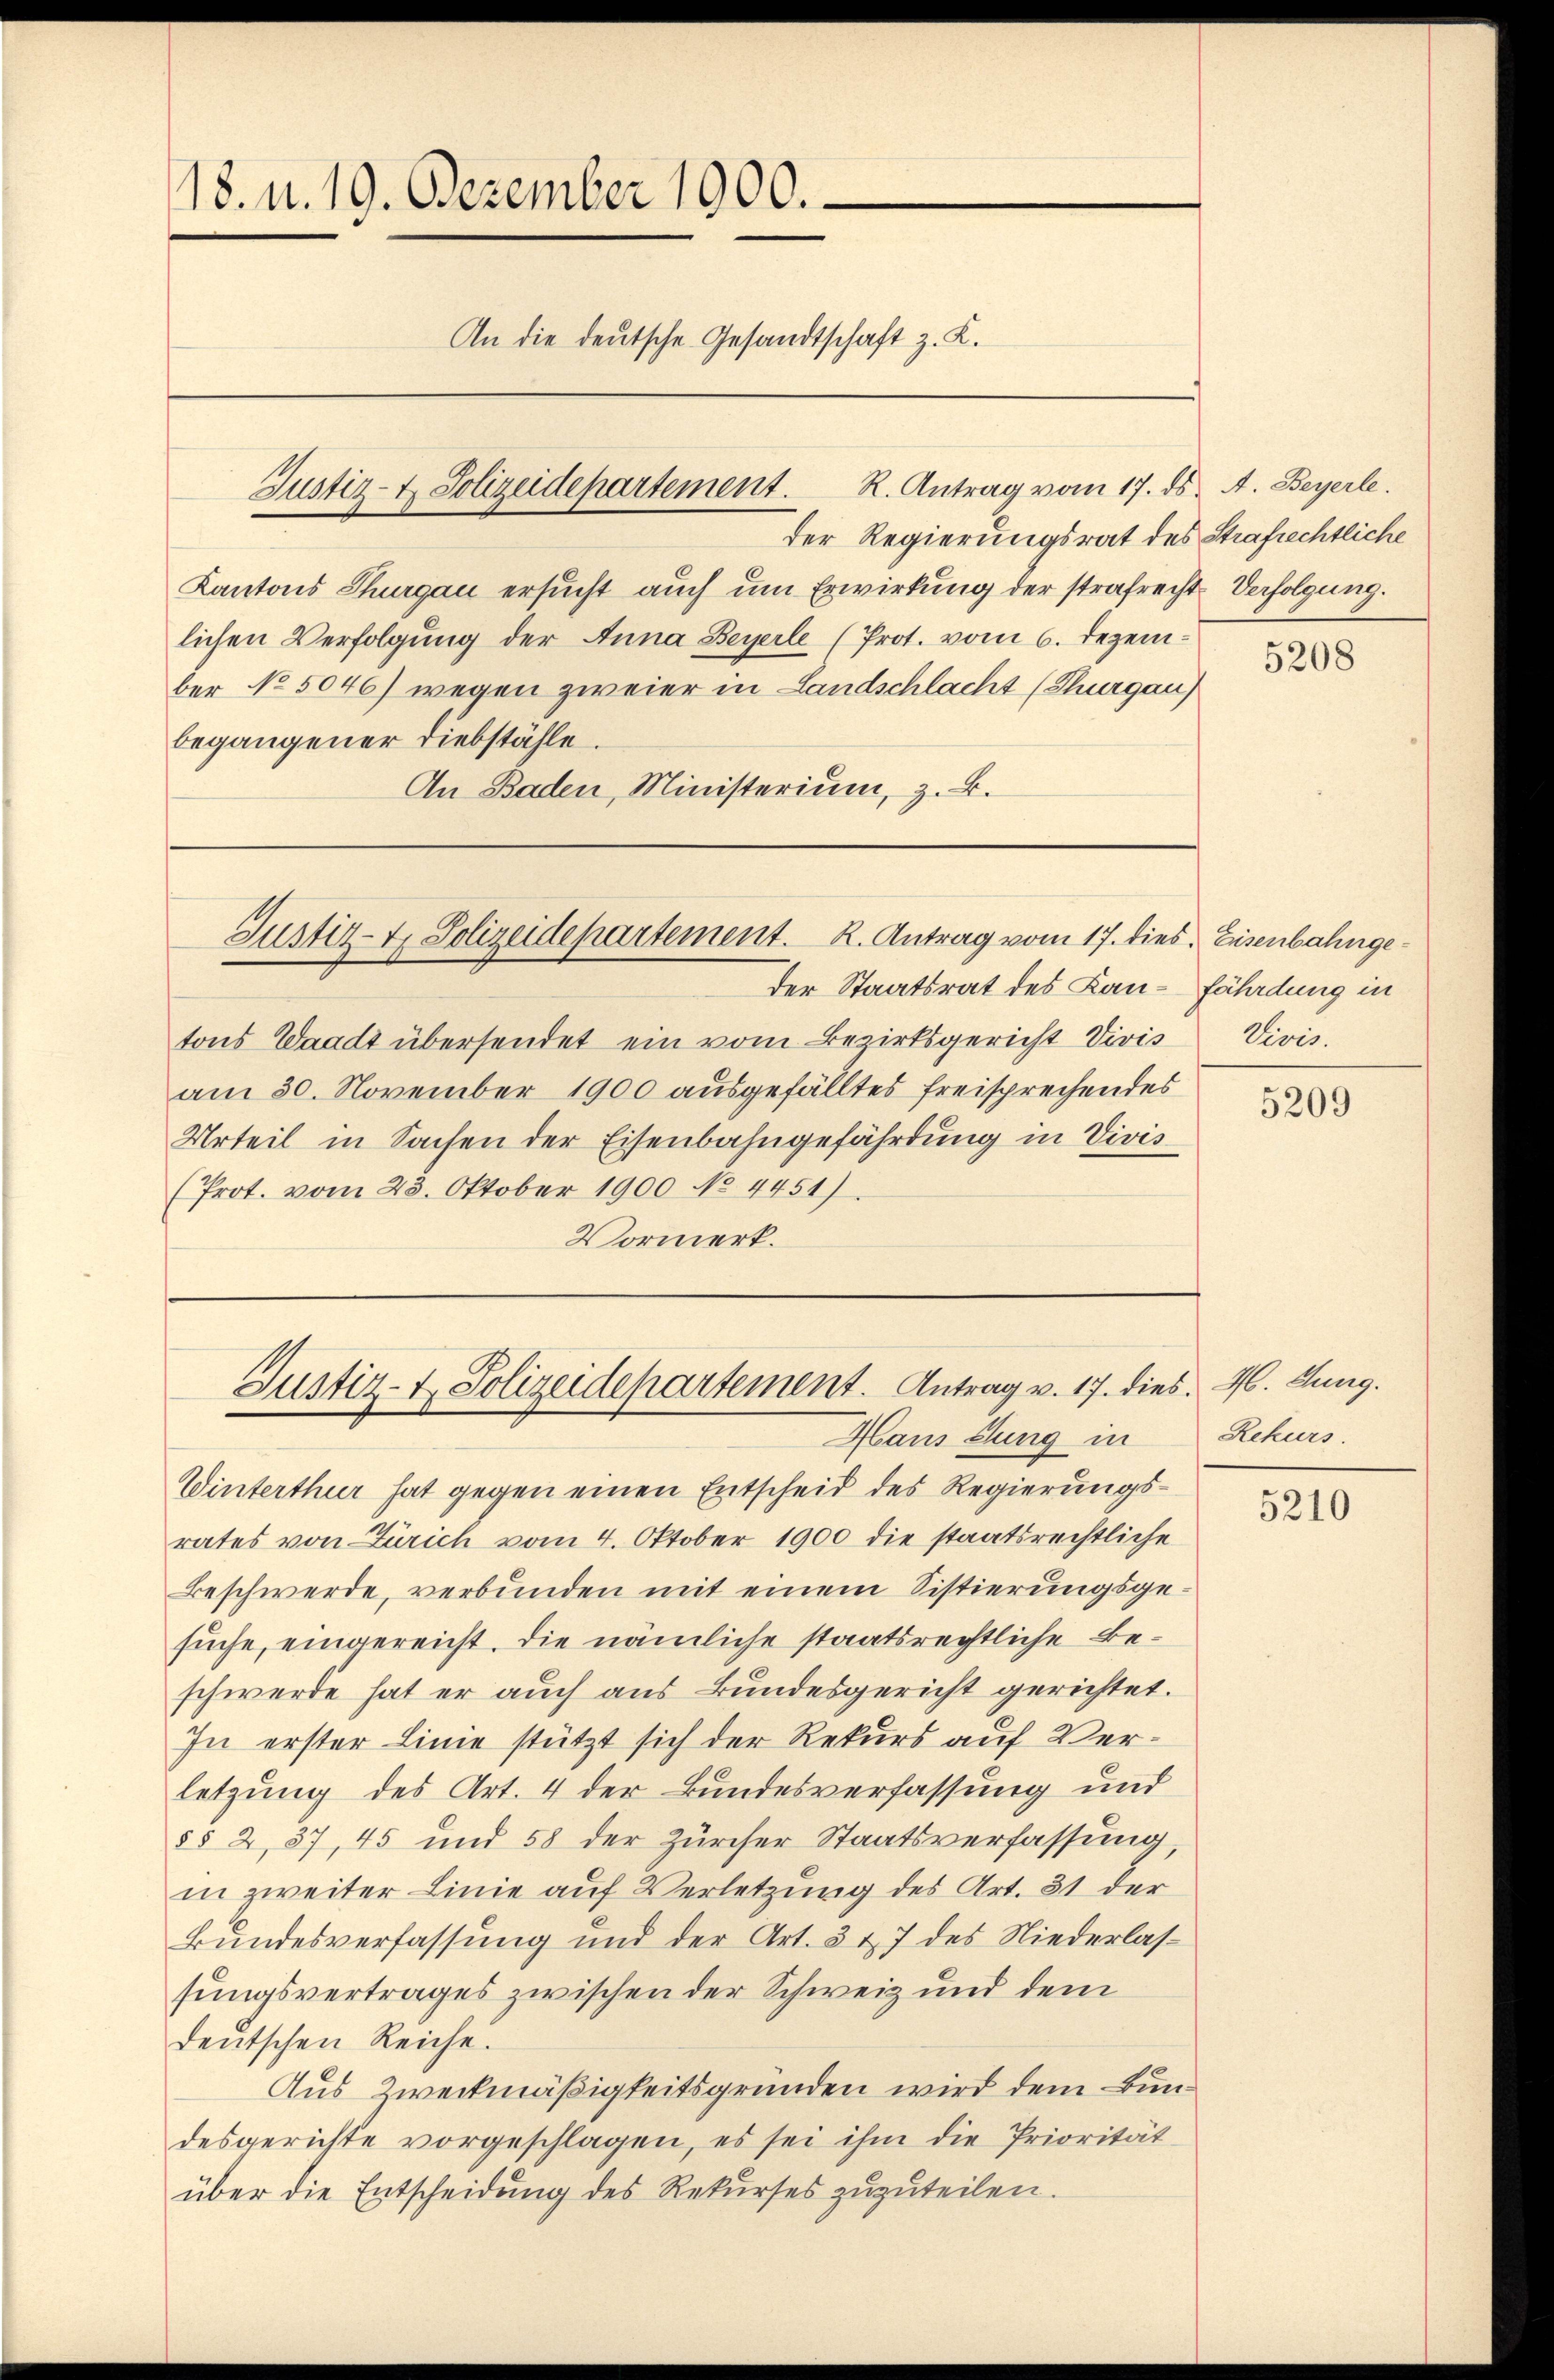
18. N. 19. Dezember 1900.
An die deutsche Gesandtschaft z. K.

der Regierungsrat des Strafrechtliche
Kantons Thurgau ersŭcht aŭch ŭm Erwirkung der strafrecht Verfolgung.
lichen Verfolgung der Anna Beyerle (Prot. vom 6. Dezember No 5046) wegen zweier in Landschlacht (Thurgau)
begangener Diebstähle.
An Baden, Ministerium, z. B.

Justiz- & Polizeidepartement. R. Antrag vom 17. ds. A. Beyerle.

der Staatsrat des Kan-fährdung in
tons Waadt übersendet ein vom Bezirksgericht Vivis
am 30. November 1900 ausgefälltes freisprechendes
Urteil in Sachen der Eisenbahngefährdung in Vivis
(Prot. vom 23. Oktober 1900 No 4451).
Vormerk.

Justiz- & Polizeidepartement. K. Antrag vom 17. dies. Eisenbahnge¬

Justiz- & Polizeidepartement. Antrag v. 17. dies. 4. Jung.

Haus dung in
Winterthur hat gegen einen Entscheid des Regierungsrates von Zürich vom 4. Oktober 1900 die staatsrechtliche
Beschwerde, verbunden mit einem Sistierungsgesuche, eingereicht. Die nämliche staatsrechtliche Beschwerde hat er auch aus Bundesgericht gerichtet.
In erster Linie stützt sich der Rekurs auf Verletzung des Art. 4 der Bundesverfassung und
§§ 2, 37, 45 und 58 der Zürcher Staatsverfassung,
in zweiter Linie auf Verletzung des Art. 31 der
Bundesverfassung und der Art. 3 u. 7 des Niederlassungsvertrages zwischen der Schweiz und dem
deutschen Reiche.
Aus Zweckmäßigkeitsgründen wird dem Bundesgerichte vorgeschlagen, es sei ihm die Priorität
über die Entscheidung des Rekurses zuzuteilen.

5208

Vivis.

5209

Rekurs.

5210